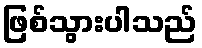
ဖြစ်သွားပါသည်